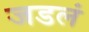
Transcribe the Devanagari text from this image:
जडलं